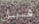
قبل